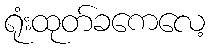
ရုံးထုတ်ခကေလေ့